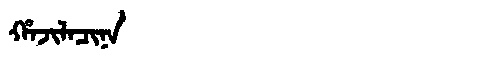
Manchu: ᡥᠠᠵᡳᠯᠠᠴᡳᠨᠠ
Romanization: HAJILACINA